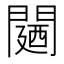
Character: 𮤛